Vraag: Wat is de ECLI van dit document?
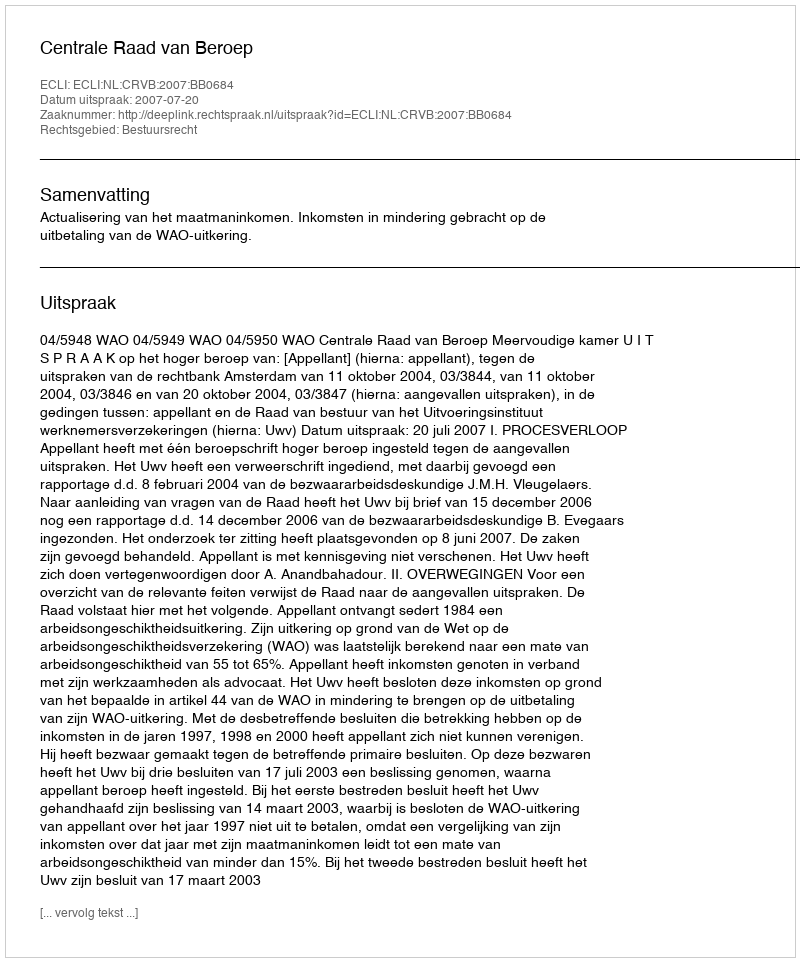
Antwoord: ECLI:NL:CRVB:2007:BB0684